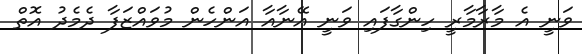
ވަނީ އެ މާރާމާރީ ހިންގާފައި ވަނީ އޭނާއާ އަންހެން މުވައްޒަފާ ދެމެދު އޮތް